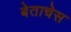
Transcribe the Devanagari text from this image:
बेताचेस